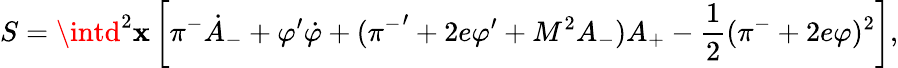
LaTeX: S=\intd^{2}\mathbf{x}\left[\pi^{-}{\dot{{A}}_{-}}+{\varphi}^{\prime}{\dot{{\varphi}}}+({\pi^{-}}^{\prime}+2e\varphi^{\prime}+M^{2}A_{-})A_{+}-\frac{{1}}{{2}}(\pi^{-}+2e\varphi)^{2}\right],